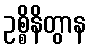
ဥစ္စိနိတွာန